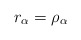
\begin{align*} r_\alpha= \rho_\alpha \end{align*}